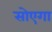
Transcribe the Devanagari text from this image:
सोएगा